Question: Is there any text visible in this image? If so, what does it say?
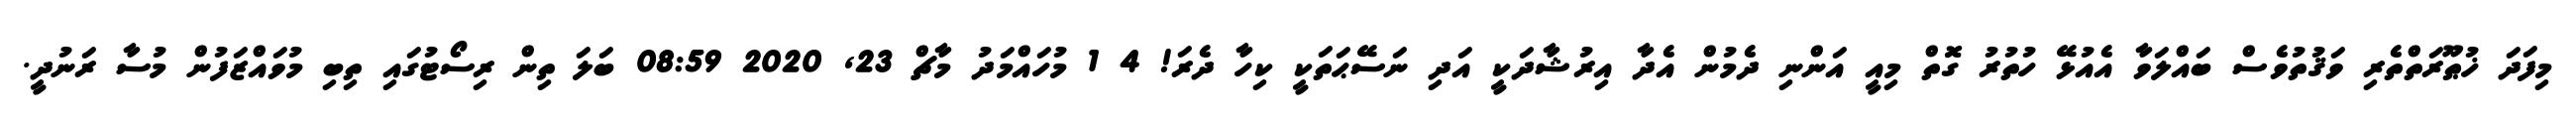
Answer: މިފަދަ ޚުޠޫރަތްތެރި ވަޤުތުވެސް ބައްލަވާ އެއުޅޭ ހުތުރު ގޮތް މިއީ އަންނި ދެމުން އެދާ އިރުޝާދަކީ އަދި ނަސޭޙަތަކީ ކިހާ ދެރަ! 4 1 މުހައްމަދު މާޗް 23, 2020 08:59 ބަލަ ތިން ރިސޯޓުގައި ތިބި މުވައްޒަފުން މުސާ ރަނުދީ.